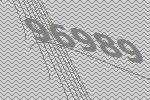
96989